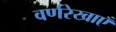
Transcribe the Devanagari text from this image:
वर्णरेखाएँ